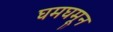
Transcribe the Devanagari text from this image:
घमघमून